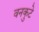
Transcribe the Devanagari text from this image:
वनकुटे